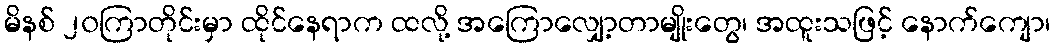
မိနစ် ၂၀ကြာတိုင်းမှာ ထိုင်နေရာက ထလို့ အကြောလျှော့တာမျိုးတွေ၊ အထူးသဖြင့် နောက်ကျော၊